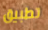
تطبيق